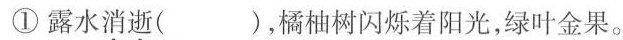
①露水消逝( ),橘柚树闪烁着阳光,绿叶金果。